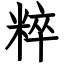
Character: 粹